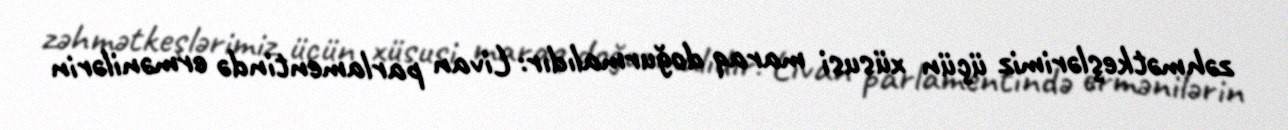
zəhmətkeşlərimiz üçün xüsusi maraq doğurmalıdır: Livan parlamentində ermənilərin